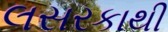
લસરકાથી